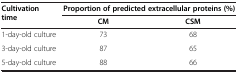
| Cultivation time | <COLSPAN=2> Proportion of predicted extracellular proteins (%) |
 |  | CM | CSM |
 | --- | --- | --- |
 | 1-day-old culture | 73 | 68 |
 | 3-day-old culture | 87 | 65 |
 | 5-day-old culture | 88 | 66 |